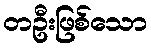
တဦးဖြစ်သော